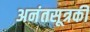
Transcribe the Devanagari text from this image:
अनंतसूत्रकी